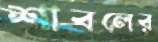
শাবলের